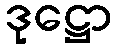
ဒုဋ္ဌော